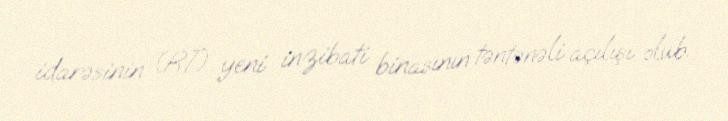
idarəsinin (Rİ) yeni inzibati binasının təntənəli açılışı olub.